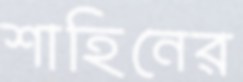
শাহিনের